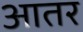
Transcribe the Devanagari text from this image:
आतर